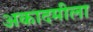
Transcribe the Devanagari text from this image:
अकादमीला